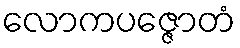
လောကပဇ္ဇောတံ